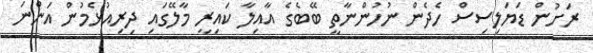
ރަށުން ޑަޔަލިސިސް ހެދެން ނުހުންނާތީ ބޭބެގެ އާއިލާ ކައިރީ މާލޭގައި ދިރިއުޅެމުން އަންނަ